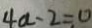
4 a - 2 = 0